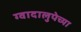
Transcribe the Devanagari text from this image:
ग्वादालुपेच्या